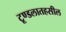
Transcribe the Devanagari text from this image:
टूण्डलातहसील